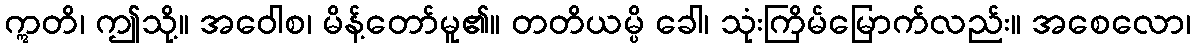
ဣတိ၊ ဤသို့။ အဝေါစ၊ မိန့်တော်မူ၏။ တတိယမ္ပိ ခေါ၊ သုံးကြိမ်မြောက်လည်း။ အစေလော၊